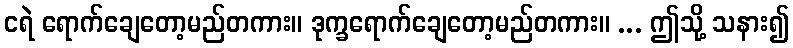
ငရဲ ရောက်ချေတော့မည်တကား။ ဒုက္ခရောက်ချေတော့မည်တကား။ ... ဤသို့ သနား၍